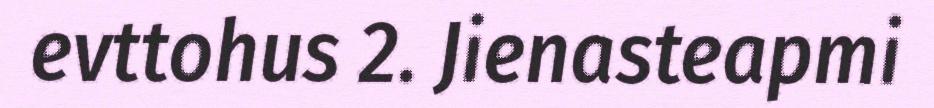
evttohus 2. Jienasteapmi